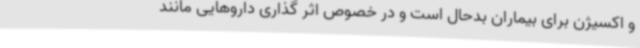
و اکسیژن برای بیماران بدحال است و در خصوص اثر گذاری داروهایی مانند